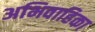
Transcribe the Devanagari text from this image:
अभिवाहिका